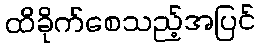
ထိခိုက်စေသည့်အပြင်